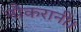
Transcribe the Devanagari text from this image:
नौकरानी।